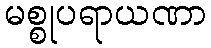
မစ္စုပရာယဏာ